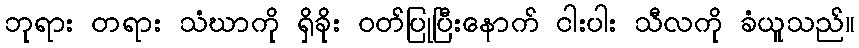
ဘုရား တရား သံဃာကို ရှိခိုး ဝတ်ပြုပြီးနောက် ငါးပါး သီလကို ခံယူသည်။